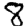
Digit: 8